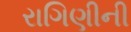
રાગિણીની